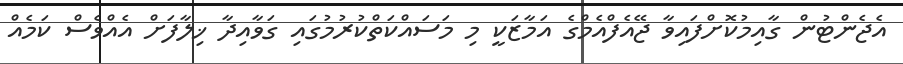
އެޖެންޓުން ގާއިމުކޮށްފައިވާ ޖޭއެފްއެމްގެ އަމާޒަކީ މި މަސައްކަތްކުރުމުގައި ގަވާއިދާ ޚިލާފަށް އެއްވެސް ކަމެއް